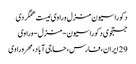
دکوراسیون منزل وراوی لیست همگردی
جستجوی دکوراسیون-منزل-وراوی
29 ایران، فارس، حاجی آباد، مهر وراوی